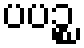
ပပဉ္စ